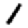
Digit: 1